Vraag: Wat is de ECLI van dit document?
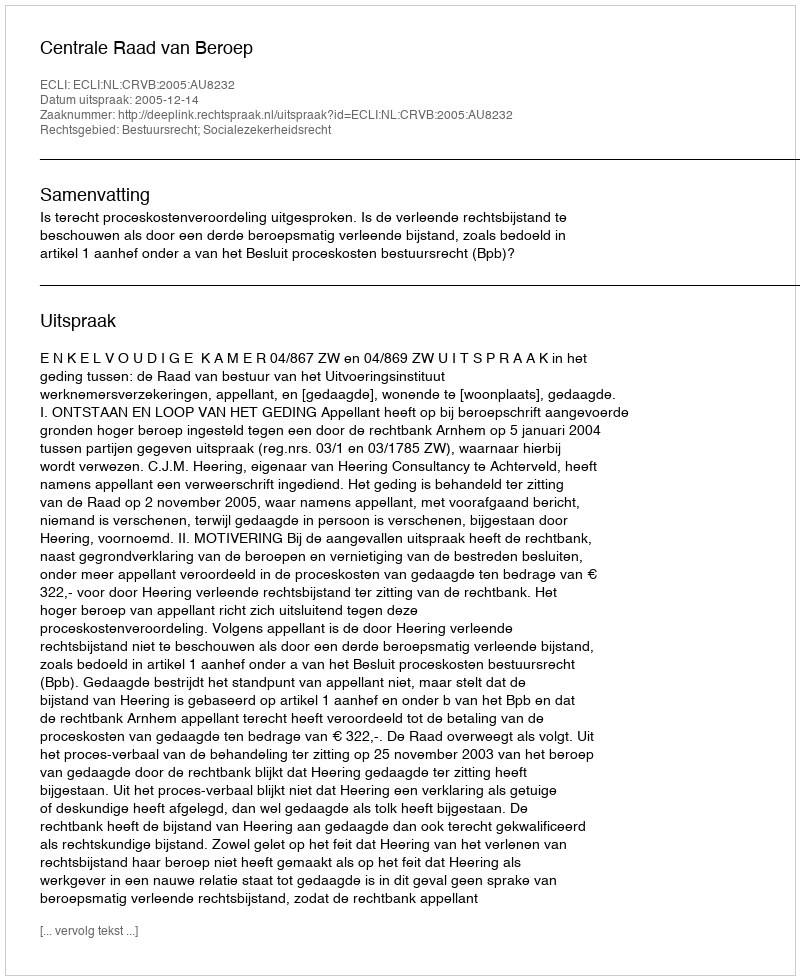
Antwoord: ECLI:NL:CRVB:2005:AU8232